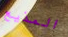
المذيع